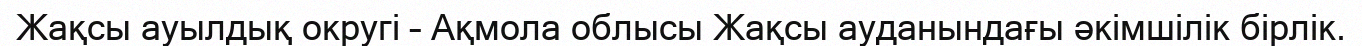
Жақсы ауылдық округі – Ақмола облысы Жақсы ауданындағы әкімшілік бірлік.